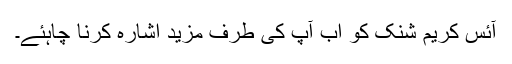
آئس کریم شنک کو اب آپ کی طرف مزید اشارہ کرنا چاہئے۔